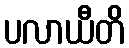
ပလာယီတိ